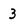
Character: 3